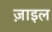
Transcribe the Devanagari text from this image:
ज़ाइल